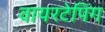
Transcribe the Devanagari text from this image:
वायरटेपिंग